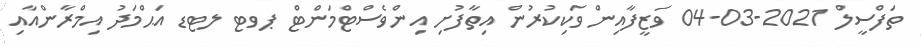
ތަފްސީލް 2021-03-04 ވަޒީފާއިން ވަކިކުރުން އިތާފުށި އިންވެސްޓްމަންޓް ޕވޓ ލޓޑ އަޙްމަދު އިމްރާންއާއި